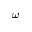
\omega